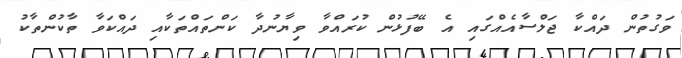
ވަގުތުން ދައްކާ ޖަލްސާއެއްގައި އެ ބޭފުޅުން ކުރައްވާ ވިޔާނުދާ ކަންތައްތަކާއި ދައްކަވާ ތާކުންތާކު